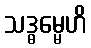
သဒ္ဓမ္မေဟိ